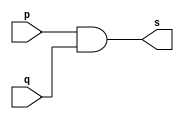
// --------------------- 
// Exemplo0014 - and - 3 entradas 
// Nome: Ana Cristina Pereira Teixeira
// 09.) Construir a tabela_verdade para a porta AND com 3 entradas.
// Obs.: Criar um mdulo que use outros mdulos AND de 2 entradas.
// ---------------------

// --------------------- 
// -- and gate  - 3 entradas
// --------------------- 
module and2gate (output s, input p, input q);
	assign s = (p & q); // vinculo permanente
endmodule // and2gate

module and3gate (output s, input a, input b, input c);
	wire z; // conexao
	and2gate AND2_1 (z, a, b);
	and2gate AND2_2 (s, z, c);
endmodule // and3gate

// --------------------- 
// -- test andgate 
// --------------------- 
module testandgate; 
// ------------------------- dados locais 
	reg a, b, c; // definir registrador 
	wire s; // definir conexao (fio) 
// ------------------------- instancia 
	and3gate AND3 (s, a, b, c);
// ------------------------- preparacao
	initial begin:start
		a = 0;
		b = 0;
		c = 0;
	end
// ------------------------- parte principal
	initial begin:main
		$display("Exemplo0014 - Exercicio0009 - Ana Cristina Pereira Teixeira - 427385");
		$display("Test and gate");
		$display("\n a & b & c = s\n");
		$monitor("%b & %b & %b = %b", a, b, c, s);
		#1 a = 0; b = 0; c = 0;
		#1 a = 0; b = 0; c = 1;
		#1 a = 0; b = 1; c = 0;
		#1 a = 0; b = 1; c = 1;
		#1 a = 1; b = 0; c = 0;
		#1 a = 1; b = 0; c = 1;
		#1 a = 1; b = 1; c = 0;
		#1 a = 1; b = 1; c = 1;
	end
endmodule // testandgate

// previsao de testes
// a & b & c = s
// resultados esperados
// 0 & 0 & 0 = 0 & 0 = 0
// 0 & 0 & 1 = 0 & 1 = 0
// 0 & 1 & 0 = 0 & 0 = 0
// 0 & 1 & 1 = 0 & 1 = 0
// 1 & 0 & 0 = 0 & 0 = 0
// 1 & 0 & 1 = 0 & 1 = 0
// 1 & 1 & 0 = 1 & 0 = 0
// 1 & 1 & 1 = 1 & 1 = 1
// conclusao andgate funcionou corretamente como o esperado